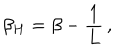
LaTeX: \beta _ { H } = \beta - { \frac { 1 } { L } } \, ,